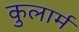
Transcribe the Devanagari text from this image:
कुलार्म